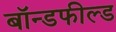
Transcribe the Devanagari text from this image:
बॉन्डफील्ड